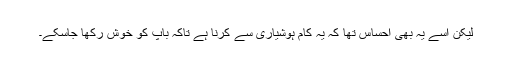
لیکن اسے یہ بھی احساس تھا کہ یہ کام ہوشیاری سے کرنا ہے تاکہ باپ کو خوش رکھا جاسکے۔